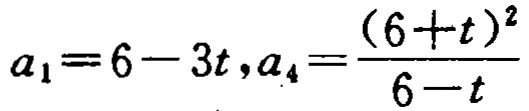
\(a_{1}=6 - 3t,a_{4}=\frac{(6 + t)^{2}}{6 - t}\)